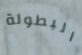
البطولة